Medical and sanitary report of the native army of Madras for the year
Year: 1875
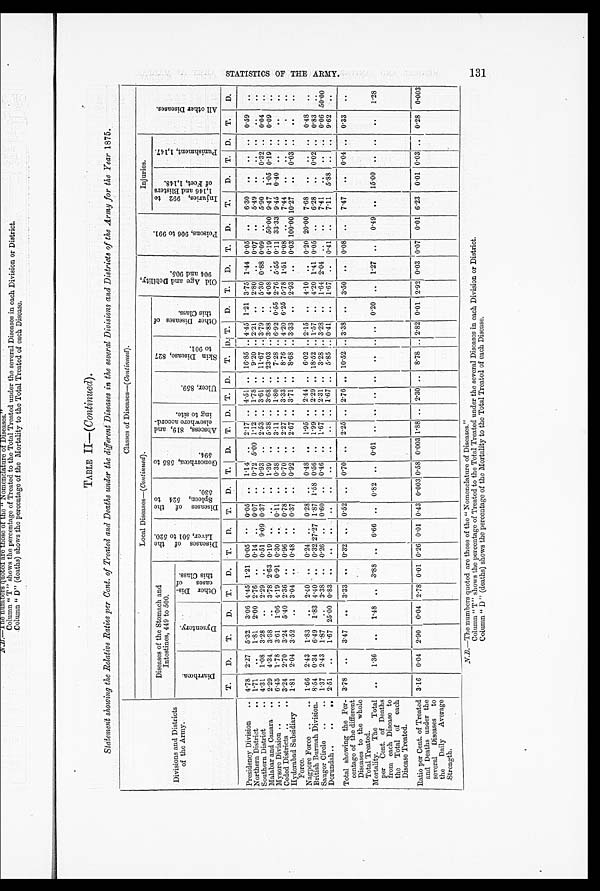
TABLE II—( Continued) .
Statement showing the Relative Ratios per Cent. of Treated and Deaths under the different Diseases in the several Divisions and Districts of the Army for the Year 1875.
Divisions and Districts
of the Army.
Classes of Diseases—( Continued).
Local Diseases—( Continued).
O l d A g e a n d D e b i l i t y , 9 0 4 a n d 9 0 5 .
P o i s o n s , 9 0 6 t o 9 9 1 .
Injuries.
A l l o t h e r D i s e a s e s .
Diseases of the Stomach and
Intestines, 449 to 500.
D i s e a s e s o f t h e
L i v e r , 5 0 1 t o 5 2 0 .
D i s e a s e s o f t h e
S p l e e n , 5 2 4 t o
530.
G o n o r r h œ a , 5 8 5 t o
5 9 4 . A b s c e s s , 8 1 9 , a n d
e l s w h e r e a c c o r d . .
i ng t o s i t e.
U l c e r , 8 5 9 .
S k i n D i s e a s e , 8 2 7
t o 9 0 1 .
O t h e r D i s e a s e s o f
t h i s C l a s s .
I n j u r i e s , 9 9 2 t o
1 , 1 4 6 a n d B l i s t e r s
o f F e e t , 1 , 1 4 8 .
P u n i s h m e n t , 1 , 1 4 7 .
D i a r r h œ a .
D y s e n t e r y .
O t h e r D i s -
e a s e s o f
t h i s C l a s s .
T.
D.
T.
D.
T.
D.
T.
D.
T.
D.
T. D.
T. D. T. D.
T. D. T.
D.
T.
D.
T.
D.
T.
D.
T. D.
T.
D.
Presidency Division
.. 4.78 2.27 5.32
3.06 4.45 1.21 0.05
. . 0.05
. .
1 . 1 4
. . 2.17
. .
4.51 . . 16.85
. . 4.45 1.21 3.75 1.44 0.05 ..
6.30
..
..
..
0.59
. .
Northern District
.. 1.71
. .
1.81
2.00 2.76
. . 0.14
. . 0.07
. .
0.72 5.00 1.12
. . 1.78 . .
9.20
. . 2.21
. . 2.80
. .
0.07
. . 5.49
. .
. .
. .
. .
. .
Southern District
.. 4.31
1.08
3.28
. .
2.29
. . 0.51 9.09 0.37
. .
0.93
. . 2.53
. . 3.61 . . 11.67
. . 3.79
. . 5.30 0.88 0.09 ..
5.90
. . .
0 . 3 2
. .
0.04
. .
Malabar and Canara
.. 2.29 4.34
3.88
..
3.78 2.63 0.19
. .
. .
. .
1.39
. . 5.38 .. 3.68 . . 23.03
. . 3.88 ..
4.08
. . 0.19 50.00 9.47
1.05 0.19
. .
0.09
. .
Mysore Division ..
.. 6.45 1.78
3.61
1.06 4.19 0.91 0.30
. . 0.11
. .
0.38
. . 3.11
. . 1.80 . .
7.28
. . 6.92 0.55 2.76 5.55 0.11 33.33 9.45 0.40
. . . .
. .
. .
Ceded Districts ..
.. 3.24 2.70
3.24 5.40 2.36
. . 0.96
. . 0.78
. .
0.70
. . 2.27
. . 3.33 . .
8.76
. . 4.20 6.25 5.78 1.51 0.08 ..
7.44
. .
. .
. .
. .
. .
Hyderabad Subsidiary
Force.
1.81
2.04 3.52
. .
3.04
. . 0.48
. . 0.37 .. 0.92
. . 2.67
. . 3.71 . .
8.68 . .
3 . 3 3 ..
2.93
. .
0.03 100.00 10.27
..
0.03
. .
. .
. .
Nagpore Force ..
1.66 2.43
1.83
. .
2.40
. . 0.24
. . 0.28
. .
0.48
. . 1.95
. . 2.44 . .
6.02
. . 2.15
. . 4.10
. .
0.20 20.00 7.68
. .
.
. . 0.48
. .
British Burmah Division. 8.54 0.34
6.49
1.83 4.40
. . 0.32 27.27 1.87 1.58
0 . 5 6
. . 1.99
. .
2 . 2 9 . . 18.52 .. 1.57
. . 4.20 1.41 0.05
. . 6.28
..
0.02
. . 0.83
. .
Saugor Circle
..
.. 1.37 2.43
1.87
. .
3..38
. . 0.26
. . 0.60
. .
0.46
. . 1.67
. . 2.31 . .
3.28
. . 3.28
. . 1.64 2.04
. .
. . 7.41
. .
. .
. . 0.06 50.00
Dorundah..
..
.. 2.51
..
1.67 25.00 0.83
. . . .
. .
. .
. .
. .
. .
. .
. . 1..67 . . 5.85
. . 0.41
. . 1.67
. . 0.41
. . 7.11
5.88
. .
. . 9.62
. .
Total showing the Per-
centage of the different
Diseases to the whole
Total Treated.
3.78
. .
3.47
. .
3.33
. . 0.32
. .
0.52
. .
0.70
. .
2.25
. . 2.76
. .
10.52
. . 3.38
. . 3.50
. . 0.08
. . 7.47
. . 0.04
. . 0.33
. .
Mortality.
The Total
per Cent. of Deaths
from each Disease to
the Total of each
Disease Treated.
. .
1.36
. .
1.48
. . 3.88
. . 6.66
. . 0.82
. .
0.61
. .
. .
. .
. .
. .
. . . .
0.20
. . 1.27
. .
0.49
. .
15.00 ..
..
..
1.28
Ratio per Cent. of Treated
and Deaths under the
several
Diseases
to
the
Daily
Average
Strength.
3.16
0.04 2.90
0.04 2.78 0.01 0.26 0.01 0.43 0.003 0.58 0.003 1.88
. .
2.30
. .
8.78
. .
2.82 0.01 2.92 0.03 0.07 0.01 6.23 0.01 0.03
. . 0.28 0.003
N.B—The numbers quoted are those of the “ Nomenclature of Diseases.”
Column “ T ” shows the percentage of Treated to the Total Treated under the several Diseases in each Division or District.
Column " D " (deaths) shows the percentage of the Mortality to the Total Treated of each Disease.
S T A T I S T I C S O F T H E A R M Y .
131